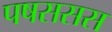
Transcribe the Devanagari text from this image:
पषससस